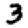
Digit: 3